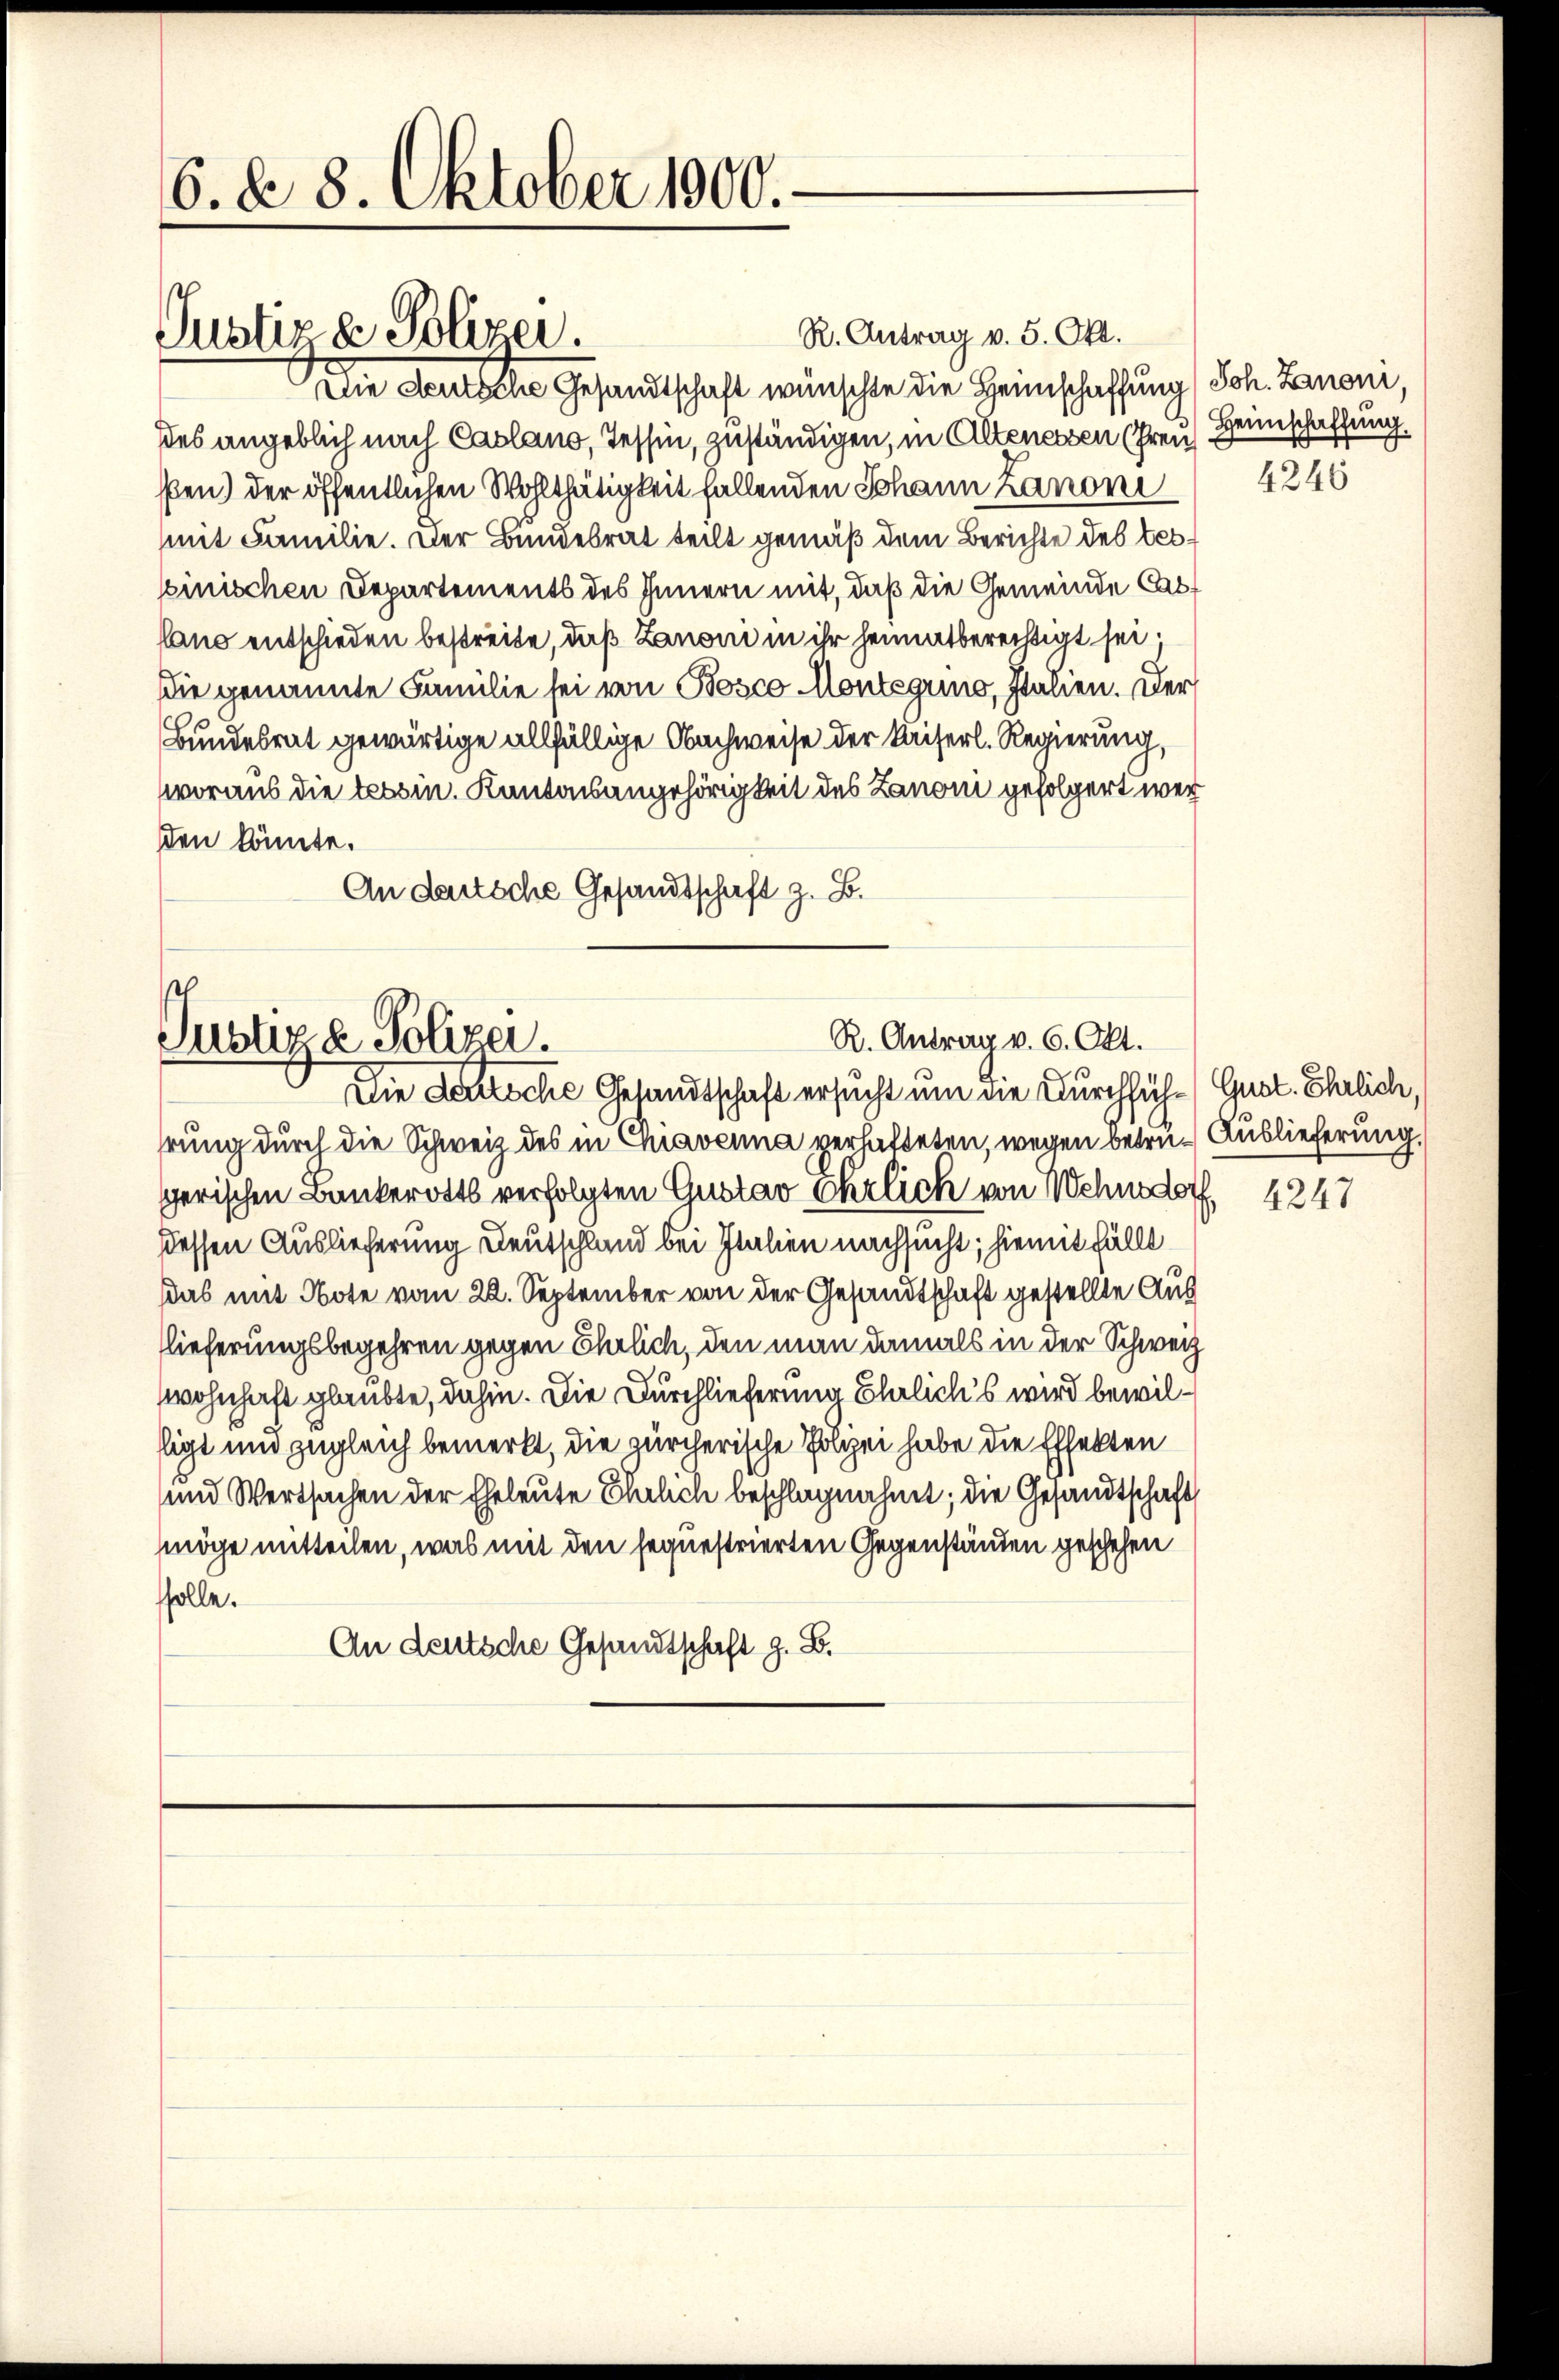
6. d. 8. Oktober 1900.

Pustiz & Polizei.

R. Antrag v. 5. Okt.
Die deutsche Gesandtschaft wünschte die Heimschaffung (Joh. Zanoni,
des angeblich nach Casano, Tessin, zuständigen, in Altenessen (Frau Heinschaffung.
sen) der öffentlichen Wohlthätigkeit fallenden Johann Zanoni
mit Familie. Der Bundesrat teilt gemäß dem Berichte des bespinischen Departements des Innern mit, daß die Gemeinde Cas
lano entschieden bestreite, daß Zanoni in ihr heimatberechtigt sei;
die genannte Familie sei von Bosco Montegrino, Italien. Der
Bundesrat gewärtige allfällige Nachweise der Kaiserl. Regierung,
woraus die tessin. Kantonsangehörigkeit des Zanoni gefolgert wer
den könnte.
An deutsche Gesandtschaft z. B.

R. Antrag v. 6. Okt.
Justiza Polizer.
Die Deutsche Gesandtschaft ersucht um die Durchführ (Guot. Ehrlich,

hrung durch die Schweiz des in Chiavenia verhatteten, wegen betru- Auslieferung.
gerischen Bankerotts verfolgten Gustav Ehrlich von Wehmdorf 4247
dessen Auslieferung Deutschland bei Italien nachsucht; hiemit fällt
Das mit Note vom 22. September von der Gesandtschaft gestellte Auslieferungsbegehren gegen Ehrlich, den man damals in der Schweiz
wohnhaft glaubte, dahin. Die Durchlieferung Ehrlich’s wird bewilftigt und zugleich bemerkt, die zürcherische Folgei habe die Effekten
und Wertsachen der Eheleute Ehrlich beschlagnahmt; die Gesandtschaft
möge mitteilen, was mit den sequestrierten Gegenständen geschehen
solle.
An deutsche Gesandtschaft z. B.

4246